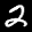
Label: 2